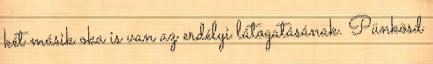
két másik oka is van az erdélyi látogatásának. Pünkösd